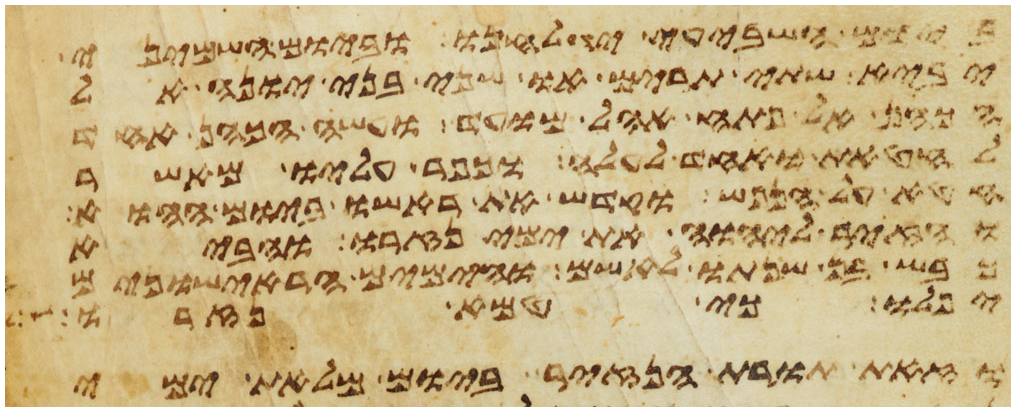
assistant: ביום השביעי יגלחנו וביום השמיני
יביא שתי תרים או שני בני יונה אל
הכהן אל פתח אהל מועד ועשה הכהן אחד
לחטאת ואחד לעלה וכפר עליו מאשר
חטא על הנפש וקדש את ראשו ביום ההוא
והזיר ליהוה את ימי נזרו והביא
כבש בן שנתו לאשם והימים הראישונים
יפלו כי טמא נזרו
וזאת תורת הנזיר ביום מלאת ימי